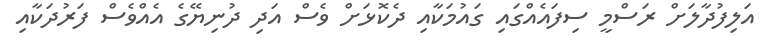
އަލިފުދާލަށް ރަސްމީ ސިފައެއްގައި ގައުމަކާއި ދެކޮޅަށް ވެސް އަދި ދުނިޔޭގެ އެއްވެސް ފަރުދަކާއި